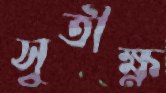
সুতীক্ষ্ণ